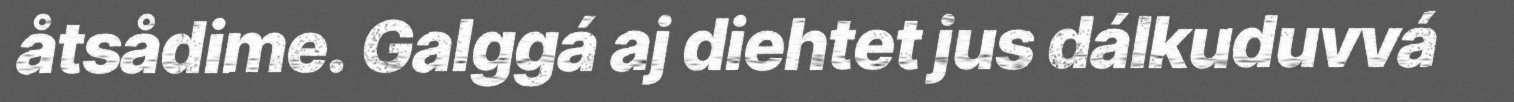
åtsådime. Galggá aj diehtet jus dálkuduvvá